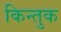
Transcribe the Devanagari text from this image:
किन्तुक